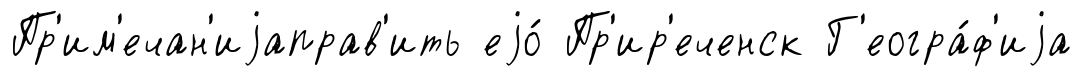
Пр'им'ечан'иjаправ'ить еjо́ Пр'ир'еченск Г'еогра́ф'иjа